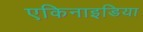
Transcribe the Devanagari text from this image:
एकिनाइडिया